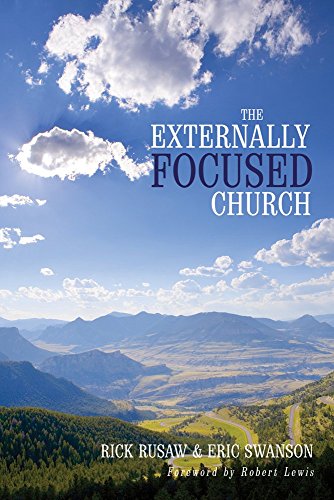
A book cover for The Externally Focused Church; Rick Rusaw; Christian Books & Bibles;